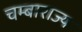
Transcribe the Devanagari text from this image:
चम्बाराज्य